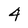
Character: 4